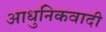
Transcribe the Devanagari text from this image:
आधुनिकवादी